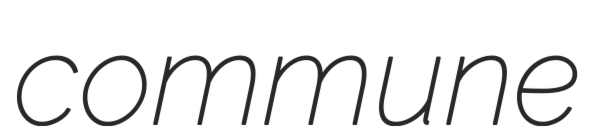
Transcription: commune